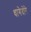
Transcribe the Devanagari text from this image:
धागेदोरे